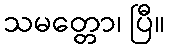
သမတ္တော၊ ပြီ။